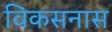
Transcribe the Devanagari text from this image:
विकसनास